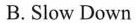
B. Slow Down